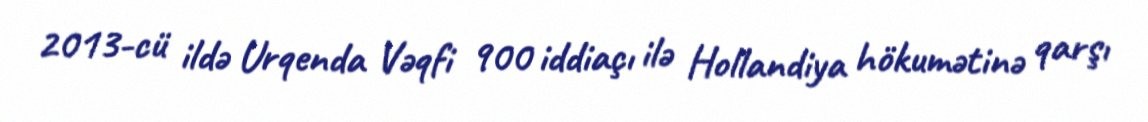
2013-cü ildə Urqenda Vəqfi 900 iddiaçı ilə Hollandiya hökumətinə qarşı